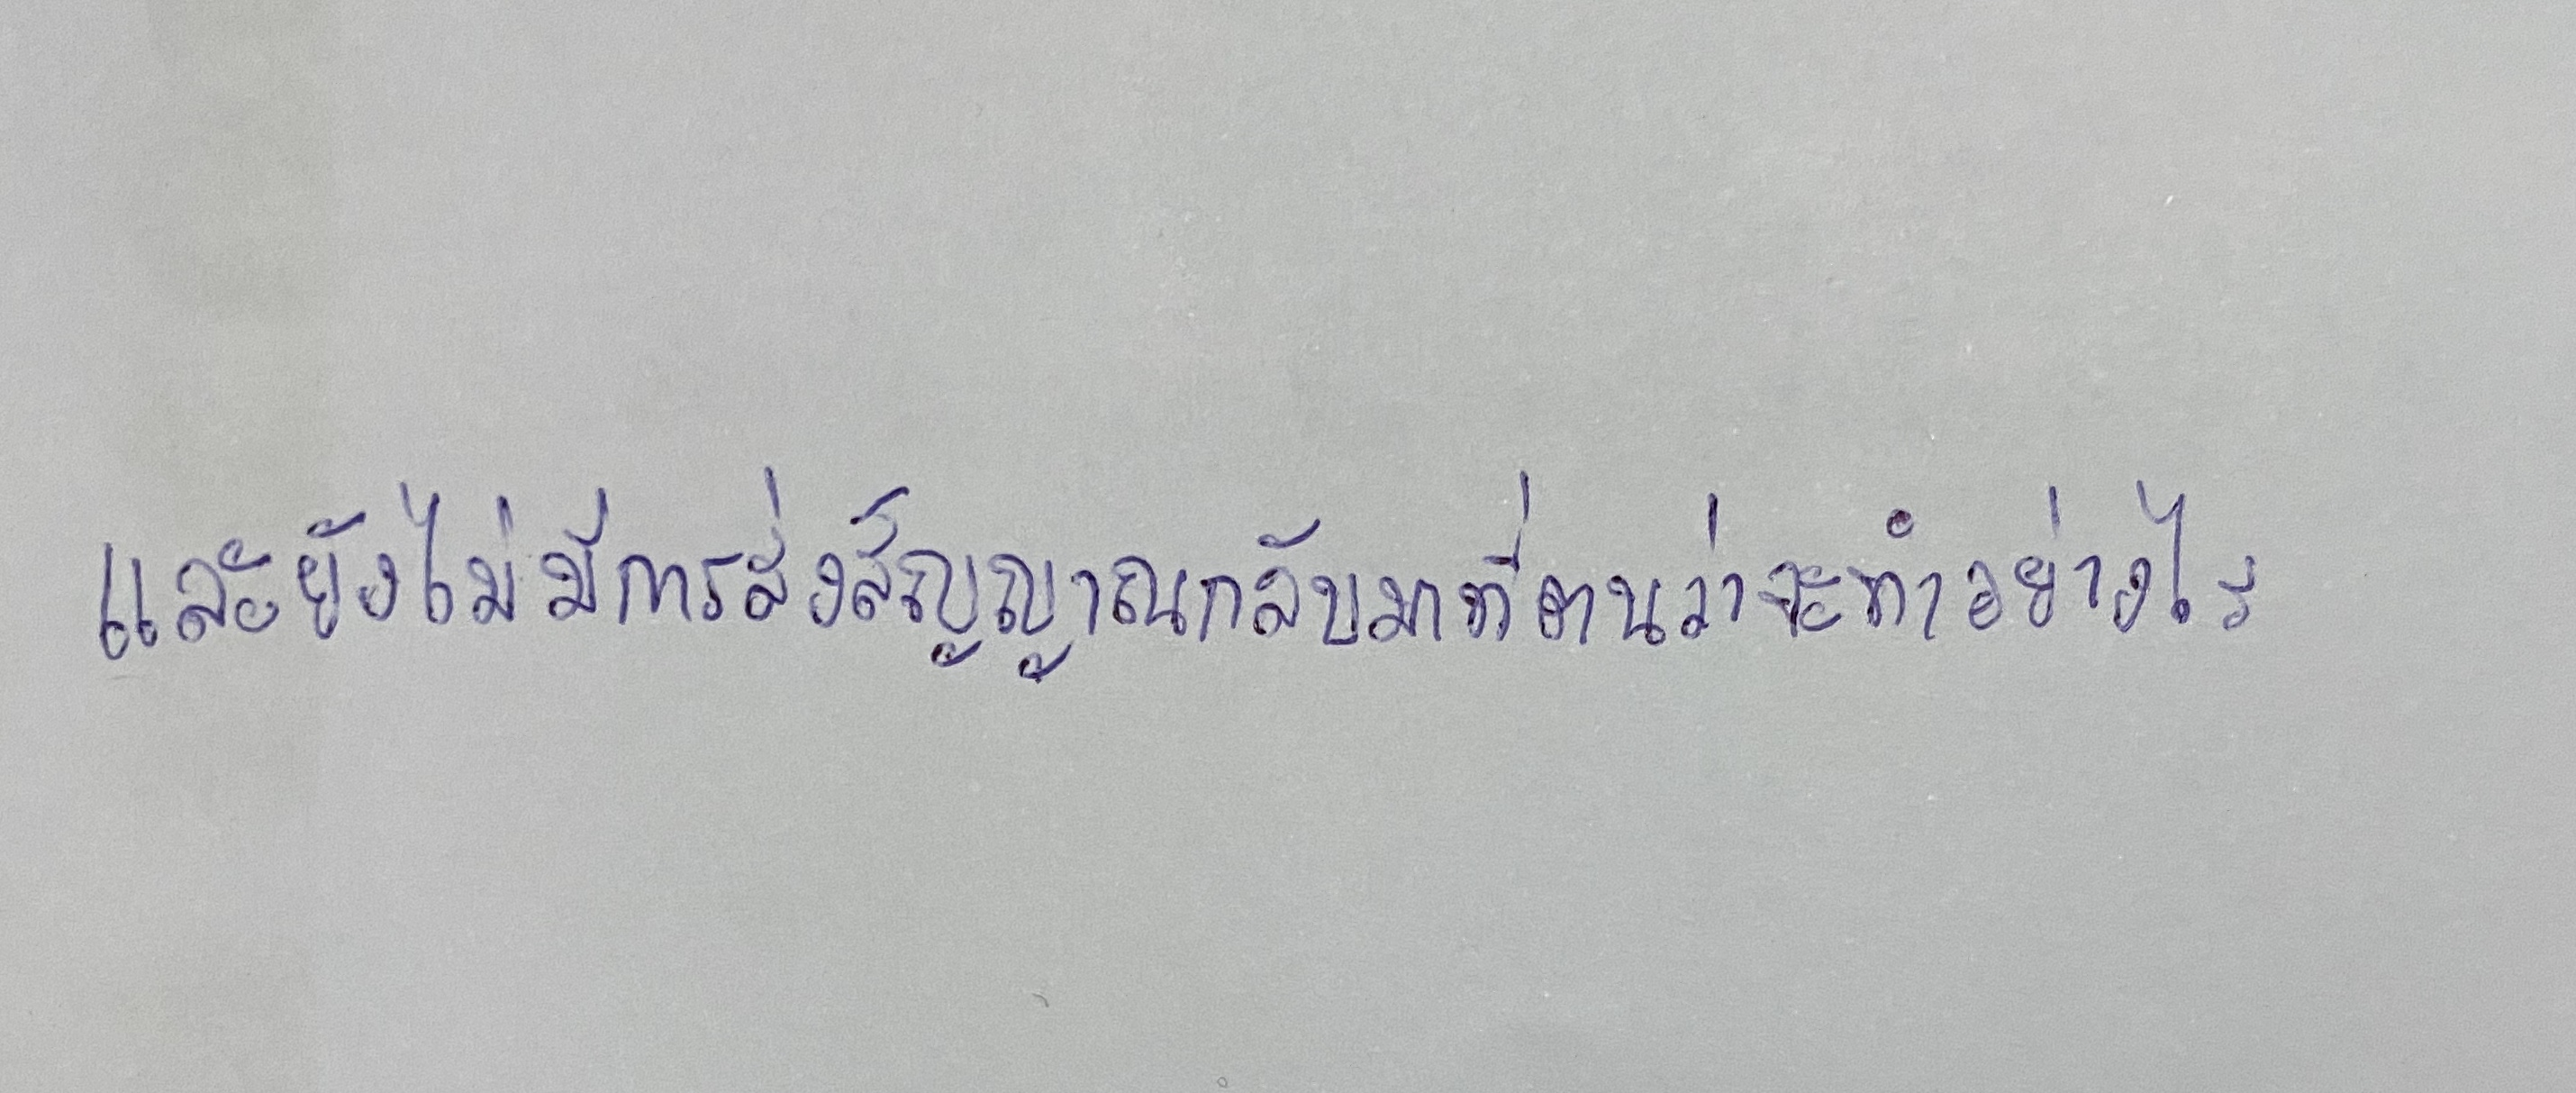
และยังไม่มีการส่งสัญญาณกลับมาที่ตนว่าจะทำอย่างไร